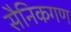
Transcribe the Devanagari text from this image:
सैनिकगण